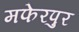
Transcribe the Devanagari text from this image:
मफेरपुर